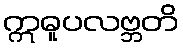
ဣဓူပလဗ္ဘတိ